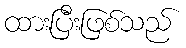
ထားပြီးဖြစ်သည်